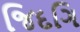
જિદગિ